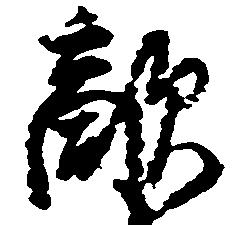
敵